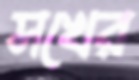
সখের